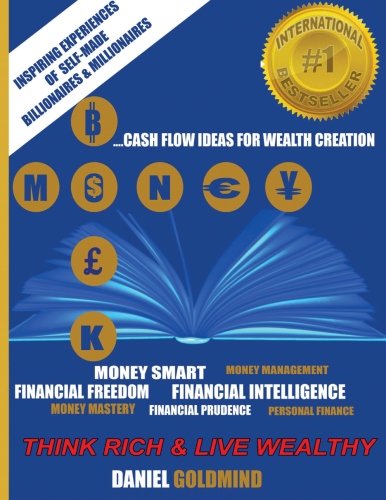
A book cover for Money Book: Cash Flow Ideas for Wealth Creation: Inspiring Experiences of Self-Made Billionaires and Millionaires; Dr. Daniel Goldmind; Business & Money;